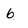
Character: 6